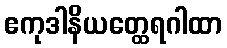
ဧကုဒါနိယတ္ထေရဂါထာ